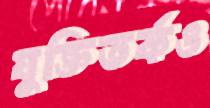
যুক্তিতর্কও